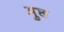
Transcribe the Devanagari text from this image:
मुछ